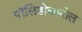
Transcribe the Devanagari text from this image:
पॉलिडोकानोल